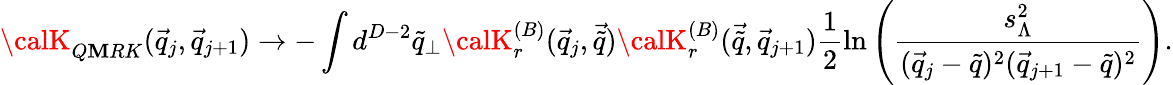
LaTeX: {\calK}_{Q\mathbf{M}RK}(\vec{{q}}_{j},\vec{{q}}_{j+1})\rightarrow-\int{d^{D-2}\tilde{{q}}_{\perp}}{\calK}_{r}^{(B)}(\vec{{q}}_{j},\vec{{\tilde{{q}}}}){\calK}_{r}^{(B)}(\vec{{\tilde{{q}}}},\vec{{q}}_{j+1})\frac{{1}}{{2}}\ln\left(\frac{{s_{\Lambda}^{2}}}{{(\vec{{q}}_{j}-\tilde{{q}})^{2}(\vec{{q}}_{j+1}-\tilde{{q}})^{2}}}\right).